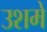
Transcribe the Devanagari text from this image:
उशमें